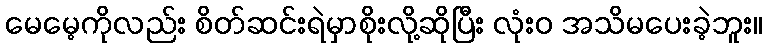
မေမေ့ကိုလည်း စိတ်ဆင်းရဲမှာစိုးလို့ဆိုပြီး လုံးဝ အသိမပေးခဲ့ဘူး။